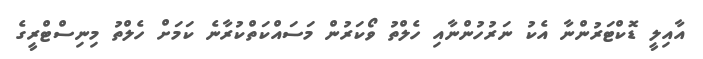
އާއިލީ ޑޮކްޓަރުންނާ އެކު ނަރުހުންނާއި ހެލްތު ވޯކަރުން މަސައްކަތްކުރާނެ ކަމަށް ހެލްތު މިނިސްޓްރީގެ